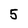
Character: 5